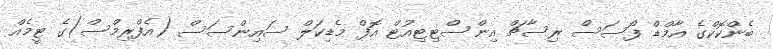
ބެންކޮކްގެ އާމްޑް ފޯސަސް ރިސާޗް އިންސްޓިޓިއުޓް އޮފް މެޑިކަލް ސައިންސަސް (އެފްރިމްސް)ގެ ޓީމެއް